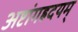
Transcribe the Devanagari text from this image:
अष्टांगह्रदयम्